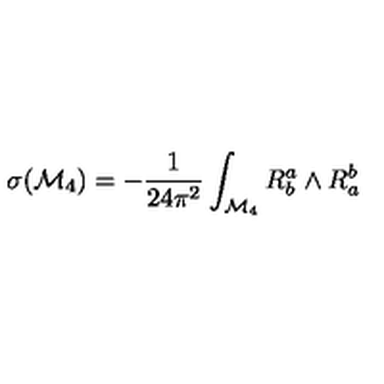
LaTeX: \sigma ( { \cal M } _ { 4 } ) = - \frac { 1 } { 2 4 \pi ^ { 2 } } \int _ { { \cal M } _ { 4 } } R _ { b } ^ { a } \wedge R _ { a } ^ { b }